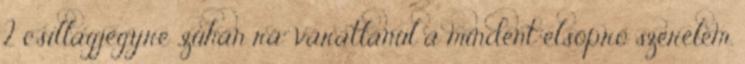
2 csillagjegyre „zuhan rá” váratlanul a mindent elsöprő szerelem.